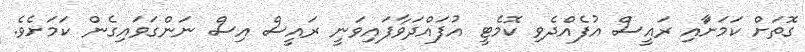
ގޮތަށް ކަމަށާައި ރައީސް އުފެއްދެވި ކޮމެޓީ އުފައްދަވާފައިވަނީ ރައީސް އިސް ނަންގަވައިގެން ކަމަށެވެ.